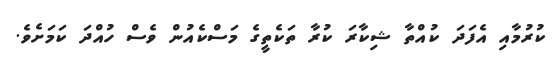
ކުރުމާއި އެފަދަ ކުއްތާ ޝިކާރަ ކުރާ ތަކެތީގެ މަސްކެއުން ވެސް ހުއްދަ ކަމަށެވެ.